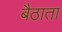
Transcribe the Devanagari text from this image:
बैठाता